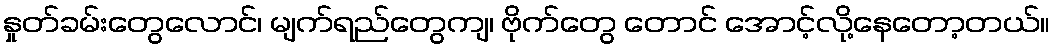
နှုတ်ခမ်းတွေလောင်၊ မျက်ရည်တွေကျ၊ ဗိုက်တွေ တောင် အောင့်လို့နေတော့တယ်။